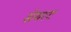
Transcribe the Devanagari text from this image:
सेयरट